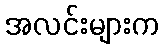
အလင်းများက